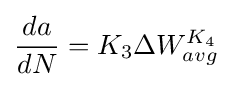
{\frac {da}{dN}}=K_{3}\Delta W_{avg}^{K_{4}}